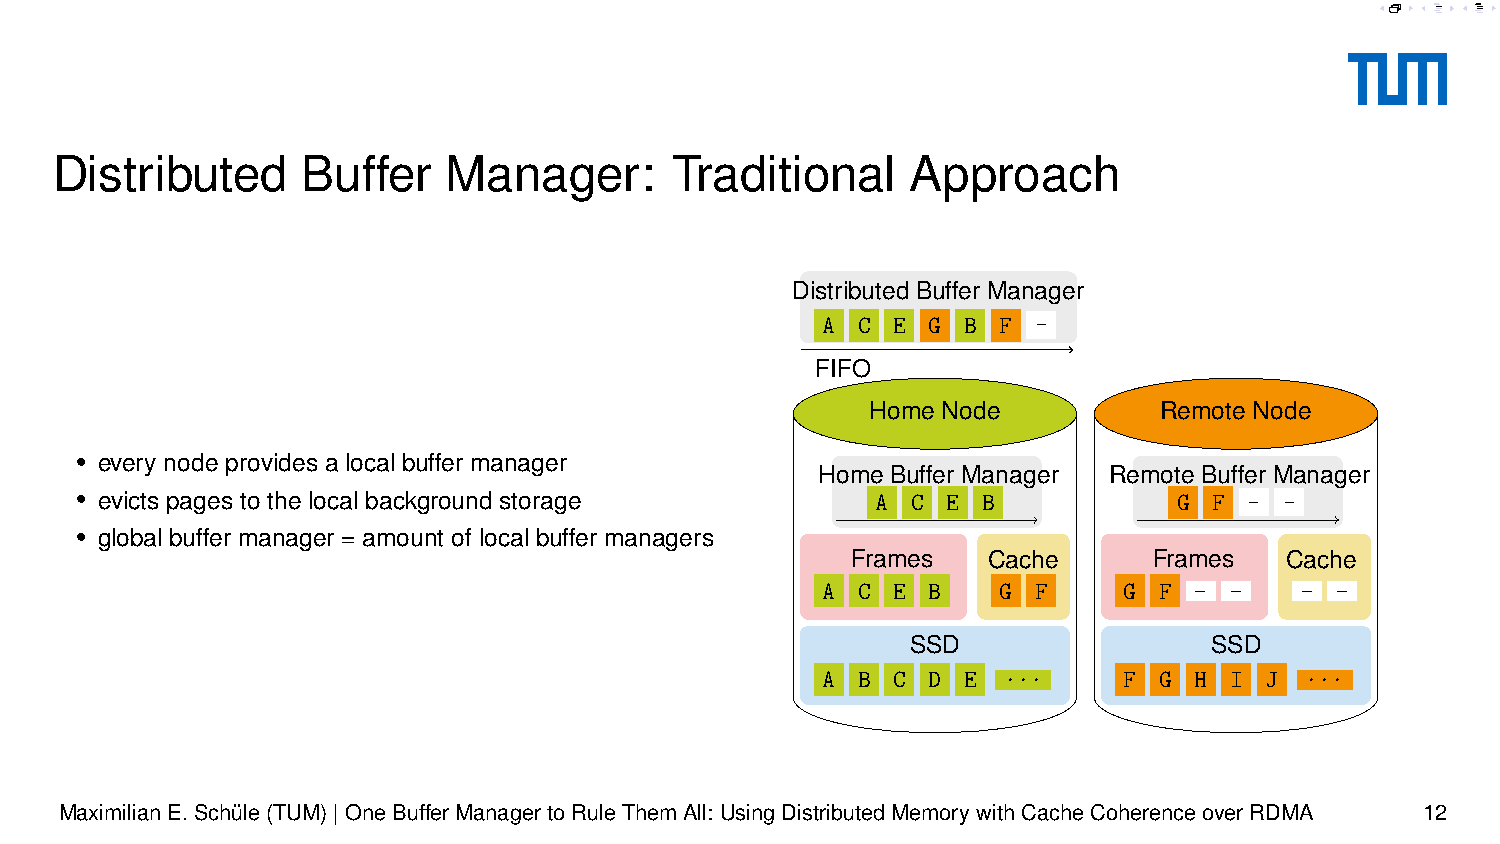
Distributed      Buffer   Manager:       Traditional     Approach
 Distributed Buffer Manager
 -A -C -E -G -B -F -
 FIFO
 Home Node          Remote Node
 • every node provides a local buffer manager
 Home Buffer Manager Remote Buffer Manager
 • evicts pages to the local background storage       -A -C -E -B         -G -F - -
 • global buffer manager = amount of local buffer managers
 Frames   Cache      Frames   Cache
 _ _    _ _
 A- C- E- B- -G -F   -G -F
 SSD                 SSD
 A  B C D  E ...     F  G H I  J ...
 MaximilianE.Schüle(TUM)|OneBufferManagertoRuleThemAll: UsingDistributedMemorywithCacheCoherenceoverRDMA 12